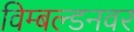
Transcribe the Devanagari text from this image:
विम्बल्डनवर